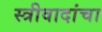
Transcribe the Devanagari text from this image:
स्त्रीवादांचा